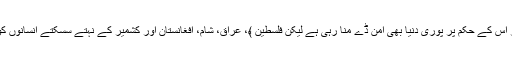
آج اقوام متحدہ میں بھی یوم امن منایا جا رہا ہے اور اس کے حکم پر پوری دنیا بھی امن ڈے منا رہی ہے لیکن فلسطین ﴾، عراق، شام، افغانستان اور کشمیر کے نہتے سسکتے انسانوں کو امن دئیے بغیر ہم کیسے یوم امن منا سکتے ہیں ؟